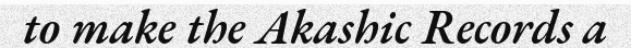
to make the Akashic Records a